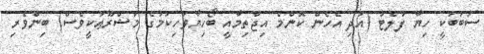
ސަބަބަކީ ހިޔާ ފުލެޓު (އަދި އެހެން ކޮންމެ އިޖްތިމާއީ ބޯހިޔާވަހިކަމުގެ މަޝްރޫޢަކީވެސް) ބިންވެރި